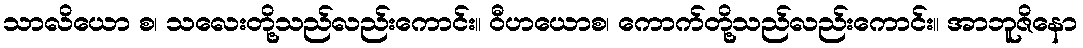
သာလိယော စ၊ သလေးတို့သည်လည်းကောင်း။ ဝီဟယောစ၊ ကောက်တို့သည်လည်းကောင်း။ အာဘူဇိနော